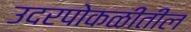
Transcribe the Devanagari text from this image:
उदरपोकळीतील